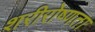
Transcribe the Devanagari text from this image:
शरीरोष्णता